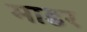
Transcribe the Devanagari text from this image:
माडर